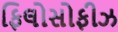
ફિલોસોફીઝ